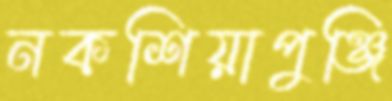
নকশিয়াপুঞ্জি